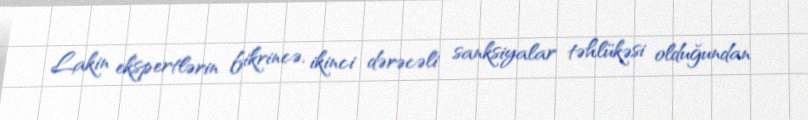
Lakin ekspertlərin fikrincə, ikinci dərəcəli sanksiyalar təhlükəsi olduğundan